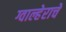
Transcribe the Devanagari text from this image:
ग्वाल्हेराचे